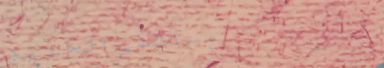
مستشفى الخليج